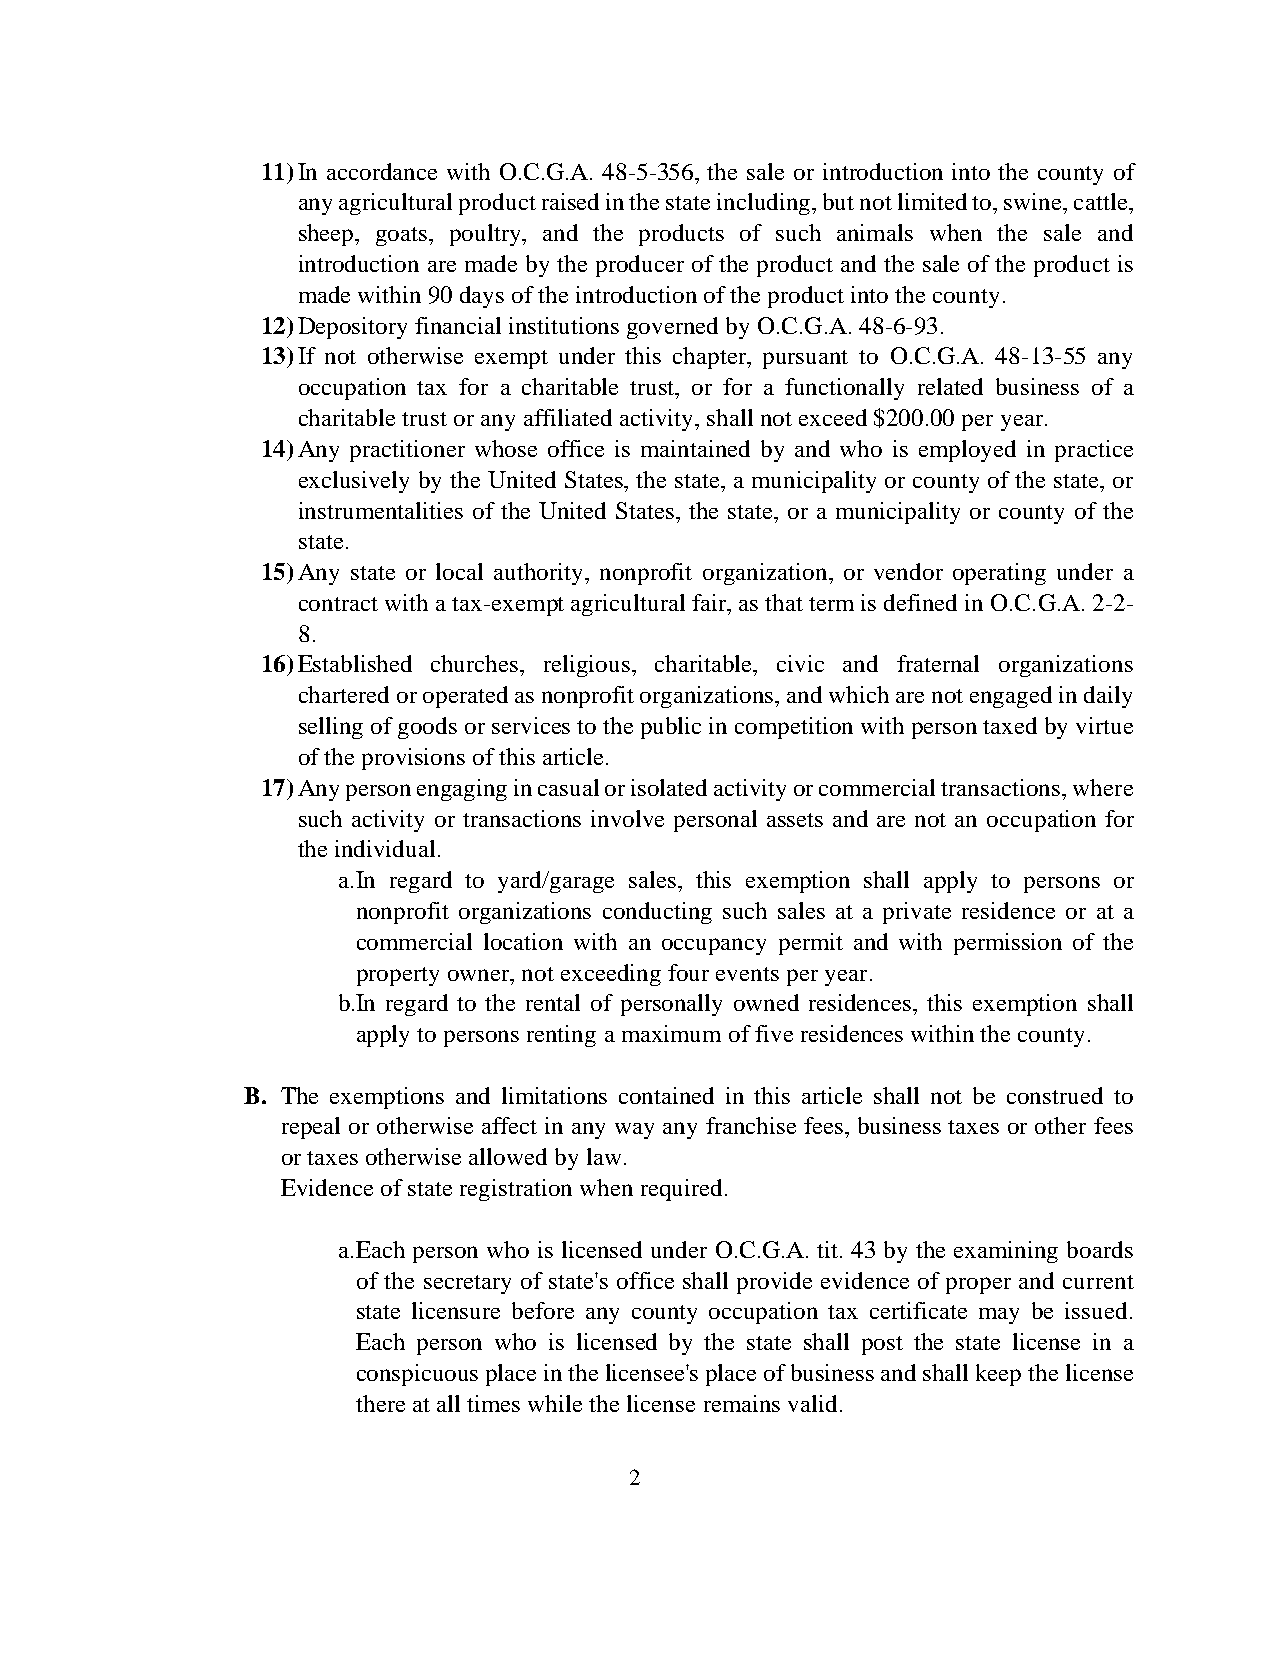
11) In accordance with O.C.G.A. 48-5-356, the sale or introduction into the county of
 any agricultural product raised in the state including, but not limited to, swine, cattle,
 sheep, goats, poultry, and the products of such animals when the sale and
 introduction are made by the producer of the product and the sale of the product is
 made within 90 days of the introduction of the product into the county.
 12) Depository financial institutions governed by O.C.G.A. 48-6-93.
 13) If not otherwise exempt under this chapter, pursuant to O.C.G.A. 48-13-55 any
 occupation tax for a charitable trust, or for a functionally related business of a
 charitable trust or any affiliated activity, shall not exceed $200.00 per year.
 14) Any practitioner whose office is maintained by and who is employed in practice
 exclusively by the United States, the state, a municipality or county of the state, or
 instrumentalities of the United States, the state, or a municipality or county of the
 state.
 15) Any state or local authority, nonprofit organization, or vendor operating under a
 contract with a tax-exempt agricultural fair, as that term is defined in O.C.G.A. 2-2-
 8.
 16) Established churches, religious, charitable, civic and fraternal organizations
 chartered or operated as nonprofit organizations, and which are not engaged in daily
 selling of goods or services to the public in competition with person taxed by virtue
 of the provisions of this article.
 17) Any person engaging in casual or isolated activity or commercial transactions, where
 such activity or transactions involve personal assets and are not an occupation for
 the individual.
 a. In regard to yard/garage sales, this exemption shall apply to persons or
 nonprofit organizations conducting such sales at a private residence or at a
 commercial location with an occupancy permit and with permission of the
 property owner, not exceeding four events per year.
 b.In regard to the rental of personally owned residences, this exemption shall
 apply to persons renting a maximum of five residences within the county.
 B. The exemptions and limitations contained in this article shall not be construed to
 repeal or otherwise affect in any way any franchise fees, business taxes or other fees
 or taxes otherwise allowed by law.
 Evidence of state registration when required.
 a. Each person who is licensed under O.C.G.A. tit. 43 by the examining boards
 of the secretary of state's office shall provide evidence of proper and current
 state licensure before any county occupation tax certificate may be issued.
 Each person who is licensed by the state shall post the state license in a
 conspicuous place in the licensee's place of business and shall keep the license
 there at all times while the license remains valid.
 2